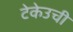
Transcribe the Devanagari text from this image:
टेकेउची